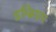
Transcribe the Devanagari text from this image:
इम्ब्रियम